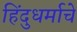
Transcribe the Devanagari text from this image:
हिंदुधर्माचे